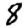
Digit: 8